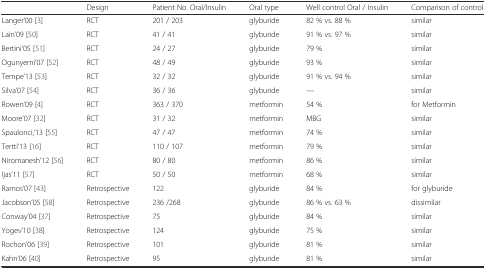
|  | Design | Patient No. Oral/Insulin | Oral type | Well control Oral / Insulin | Comparison of control |
 | --- | --- | --- | --- | --- | --- |
 | Langer’00 [3] | RCT | 201 / 203 | glyburide | 82 % vs. 88 % | similar |
 | Lain’09 [50] | RCT | 41 / 41 | glyburide | 91 % vs. 97 % | similar |
 | Bertini’05 [51] | RCT | 24 / 27 | glyburide | 79 % | similar |
 | Ogunyemi’07 [52] | RCT | 48 / 49 | glyburide | 93 % | similar |
 | Tempe’13 [53] | RCT | 32 / 32 | glyburide | 91 % vs. 94 % | similar |
 | Silva’07 [54] | RCT | 36 / 36 | glyburide | --- | similar |
 | Rowen’09 [4] | RCT | 363 / 370 | metformin | 54 % | for Metformin |
 | Moore’07 [32] | RCT | 31 / 32 | metformin | MBG | similar |
 | Spaulonci,’13 [55] | RCT | 47 / 47 | metformin | 74 % | similar |
 | Tertti’13 [16] | RCT | 110 / 107 | metformin | 79 % | similar |
 | Niromanesh’12 [56] | RCT | 80 / 80 | metformin | 86 % | similar |
 | Ijas’11 [57] | RCT | 50 / 50 | metformin | 68 % | similar |
 | Ramos’07 [43] | Retrospective | 122 | glyburide | 84 % | for glyburide |
 | Jacobson’05 [58] | Retrospective | 236 /268 | glyburide | 86 % vs. 63 % | dissimilar |
 | Conway’04 [37] | Retrospective | 75 | glyburide | 84 % | similar |
 | Yogev’10 [38] | Retrospective | 124 | glyburide | 75 % | similar |
 | Rochon’06 [39] | Retrospective | 101 | glyburide | 81 % | similar |
 | Kahn’06 [40] | Retrospective | 95 | glyburide | 81 % | similar |